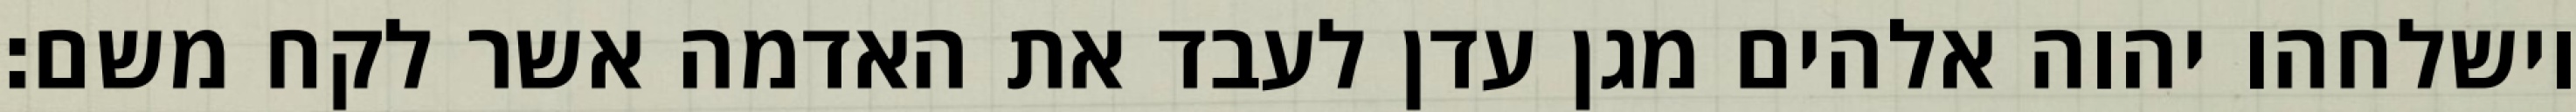
וישלחהו יהוה אלהים מגן עדן לעבד את האדמה אשר לקח משם׃